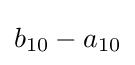
b_{10}-a_{10}